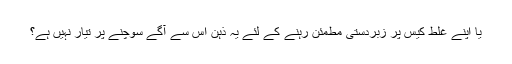
یا اپنے غلط کیس پر زبردستی مطمئن رہنے کے لئے یہ ذہن اس سے آگے سوچنے پر تیار نہیں ہے؟